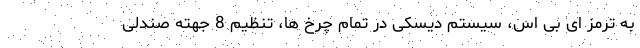
به ترمز ای بی اس، سیستم دیسکی در تمام چرخ ها، تنظیم 8 جهته صندلی